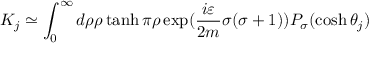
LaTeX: K _ { j } \simeq \int _ { 0 } ^ { \infty } d \rho \rho \operatorname { t a n h } \pi \rho \exp ( \frac { i \varepsilon } { 2 m } \sigma ( \sigma + 1 ) ) P _ { \sigma } ( \cosh \theta _ { j } )